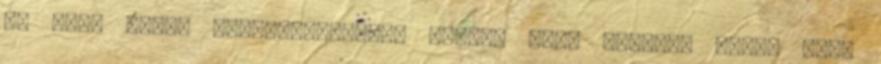
én uram Tharr megajándékozott azzal, hogy halandó férfi soha